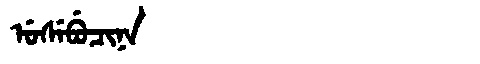
Manchu: ᡠᠰᡝᠪᡠᠴᡳᠨᠠ
Romanization: USEBUCINA